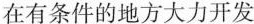
在有条件的地方大力开发